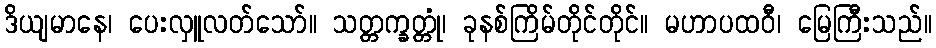
ဒိယျမာနေ၊ ပေးလှူလတ်သော်။ သတ္တက္ခတ္တုံ၊ ခုနစ်ကြိမ်တိုင်တိုင်။ မဟာပထဝီ၊ မြေကြီးသည်။